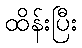
ထိန်းပြီး